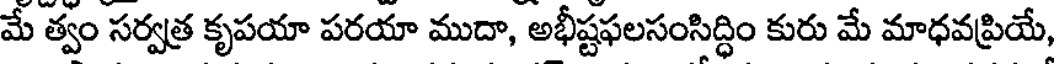
మే త్వం సర్వత్ర కృపయా పరయా ముదా, అభీష్టఫలసంసిద్ధిం కురు మే మాధవప్రియే,